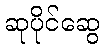
ဆုပိုင်ဆွေ